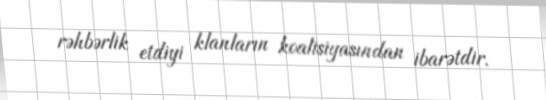
rəhbərlik etdiyi klanların koalisiyasından ibarətdir.